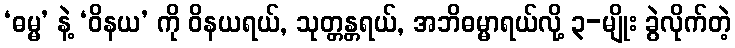
‘ဓမ္မ’ နဲ့ ‘ဝိနယ’ ကို ဝိနယရယ်, သုတ္တန္တရယ်, အဘိဓမ္မာရယ်လို့ ၃-မျိုး ခွဲလိုက်တဲ့